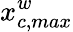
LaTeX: x_{c,max}^{w}